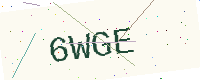
Text: 6WGE